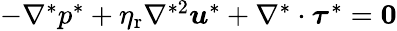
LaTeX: \begin{array}{r}{-\nabla^{*}p^{*}+\eta_{\mathrm{r}}\nabla^{*2}\boldsymbol{u}^{*}+\nabla^{*}\cdot\boldsymbol{\tau}^{*}=\boldsymbol{0}}\end{array}